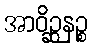
အာဝိဉ္ဆနဉ္စ